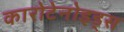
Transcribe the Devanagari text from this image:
कारोटेनोइड्स